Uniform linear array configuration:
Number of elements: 4
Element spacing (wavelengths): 0.5
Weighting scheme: hamming
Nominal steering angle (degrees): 60
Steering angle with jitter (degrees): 59.132
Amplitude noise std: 0.05
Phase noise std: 0.05

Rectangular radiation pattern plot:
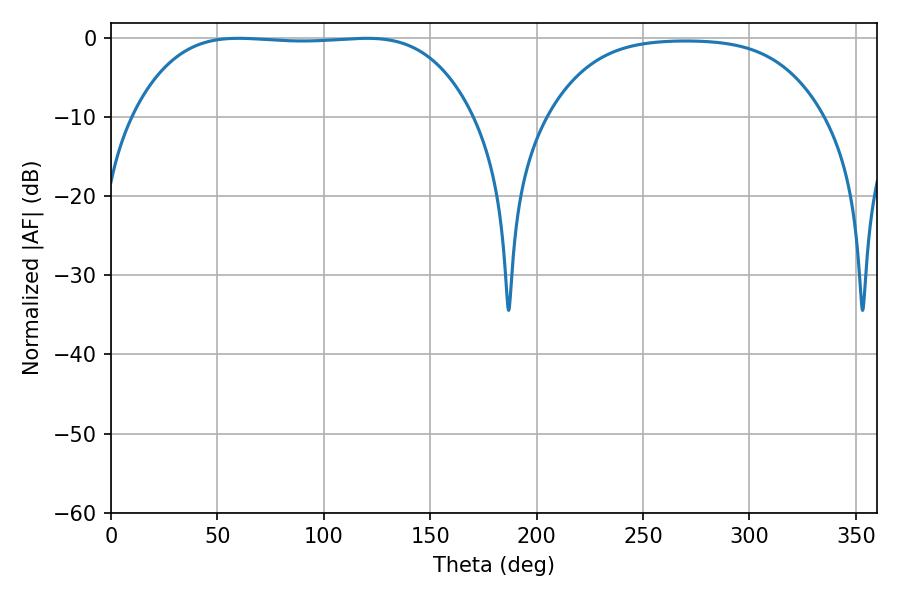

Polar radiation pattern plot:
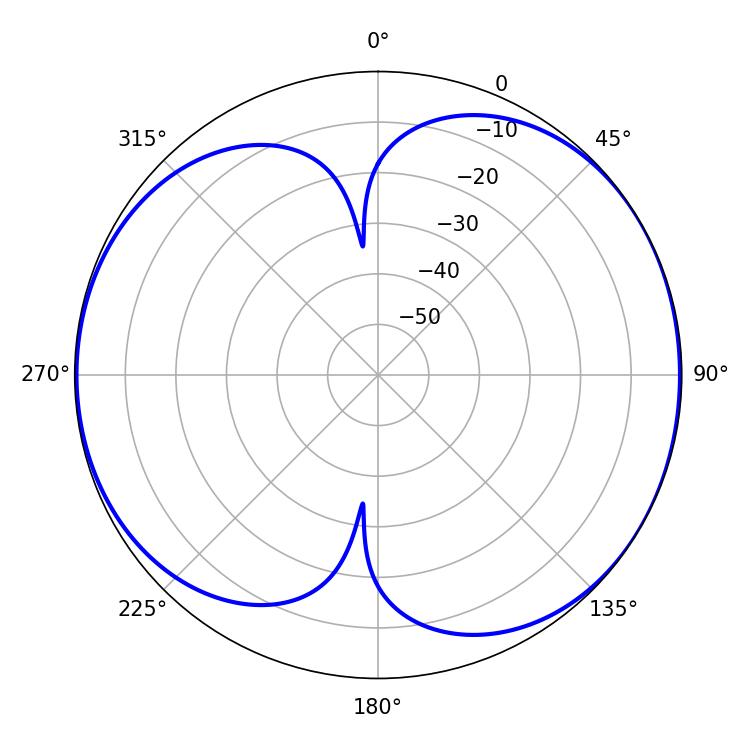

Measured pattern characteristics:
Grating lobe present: FALSE
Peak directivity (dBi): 6.532
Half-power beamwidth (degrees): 124.2
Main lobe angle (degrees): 59.94